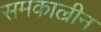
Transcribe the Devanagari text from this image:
समकाल्रीन